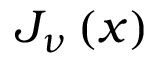
J _ { \nu } \left( x \right)